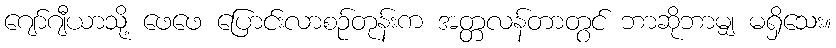
ဂျော်ဂျီယာသို့ ဖေဖေ ပြောင်းလာစဉ်တုန်းက အတ္တလန်တာတွင် ဘာဆိုဘာမျှ မရှိသေး။